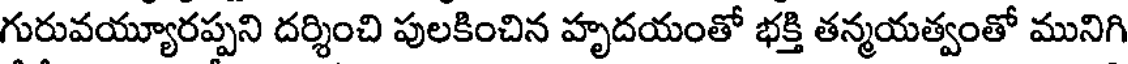
గురువయ్యూరప్పని దర్శించి పులకించిన హృదయంతో భక్తి తన్మయత్వంతో మునిగి